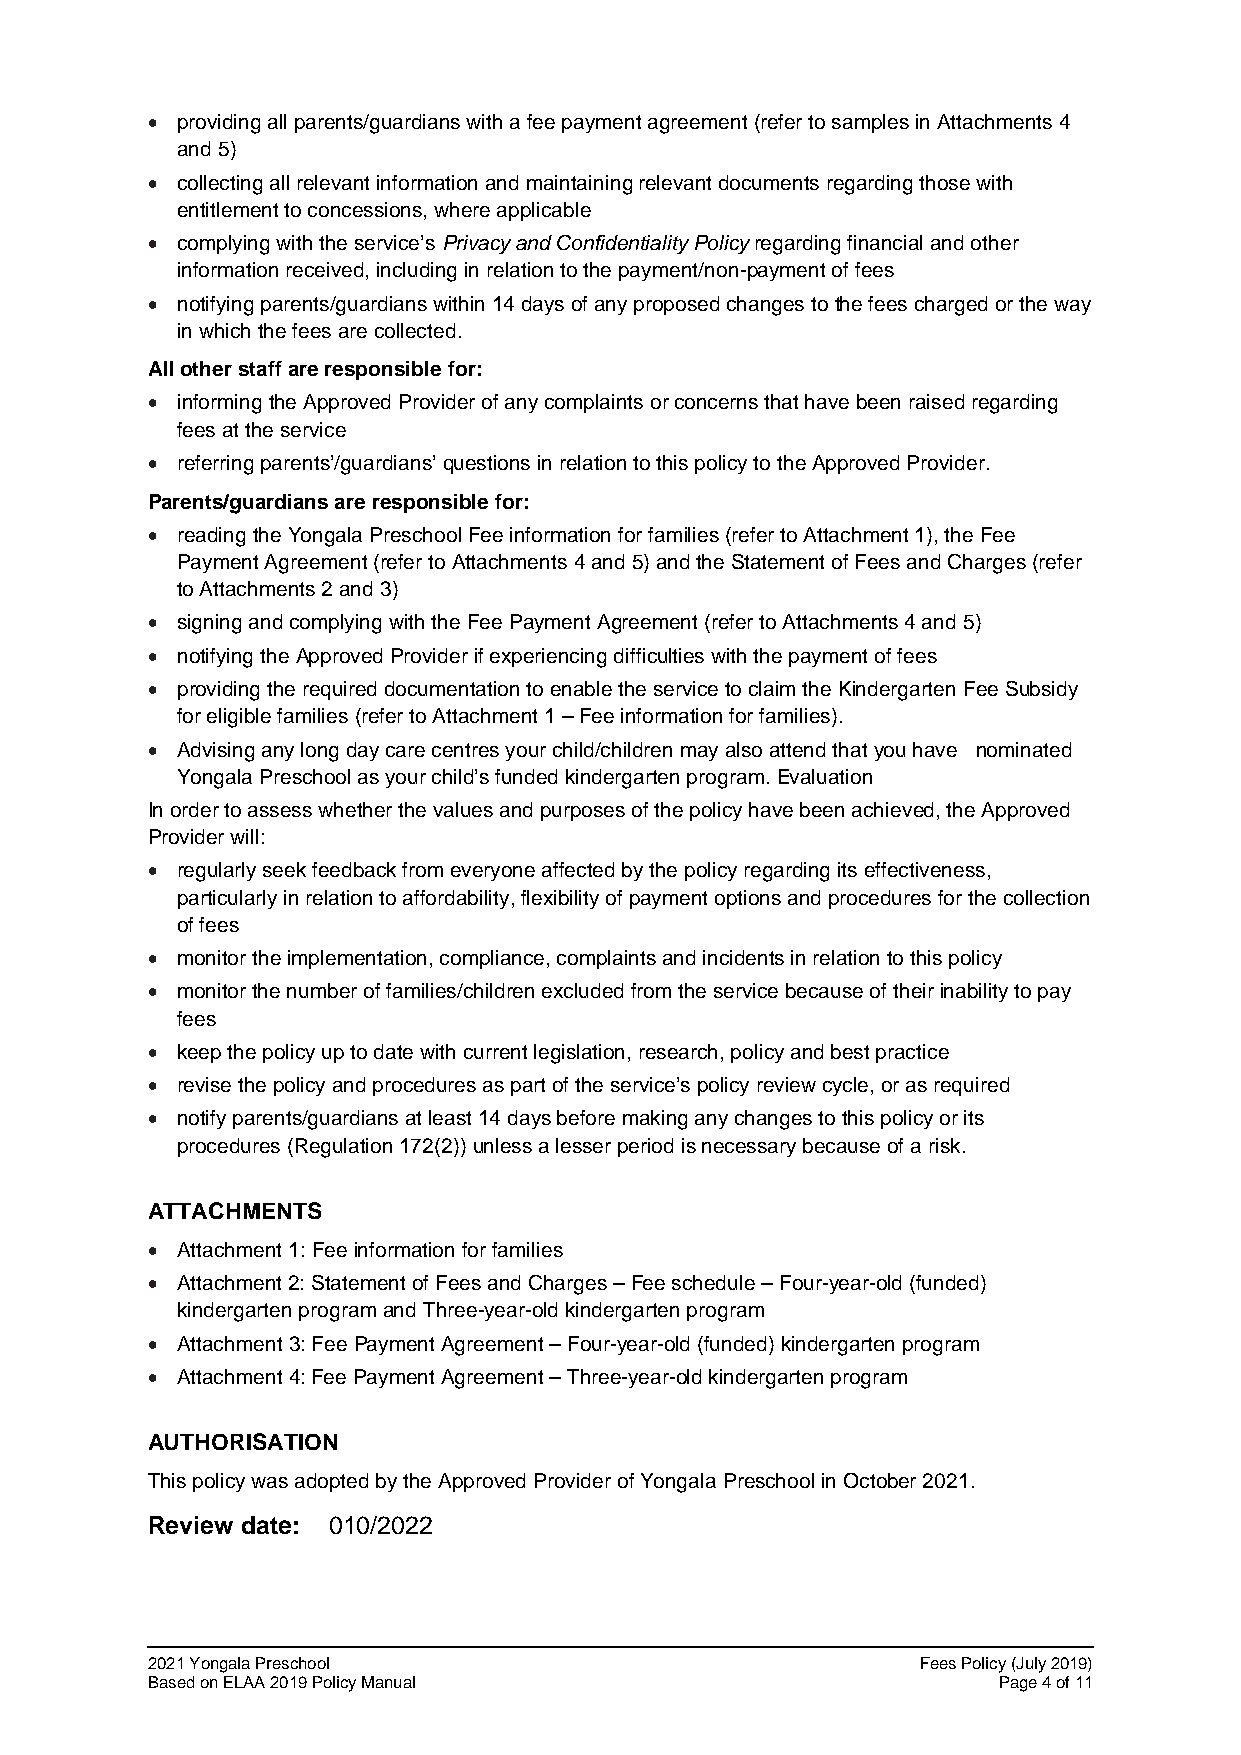
• providing all parents/guardians with a fee payment agreement (refer to samples in Attachments 4
 and 5)
 • collecting all relevant information and maintaining relevant documents regarding those with
 entitlement to concessions, where applicable
 • complying with the service’s Privacy and Confidentiality Policy regarding financial and other
 information received, including in relation to the payment/non-payment of fees
 • notifying parents/guardians within 14 days of any proposed changes to the fees charged or the way
 in which the fees are collected.
 All other staff are responsible for:
 • informing the Approved Provider of any complaints or concerns that have been raised regarding
 fees at the service
 • referring parents’/guardians’ questions in relation to this policy to the Approved Provider.
 Parents/guardians are responsible for:
 • reading the Yongala Preschool Fee information for families (refer to Attachment 1), the Fee
 Payment Agreement (refer to Attachments 4 and 5) and the Statement of Fees and Charges (refer
 to Attachments 2 and 3)
 • signing and complying with the Fee Payment Agreement (refer to Attachments 4 and 5)
 • notifying the Approved Provider if experiencing difficulties with the payment of fees
 • providing the required documentation to enable the service to claim the Kindergarten Fee Subsidy
 for eligible families (refer to Attachment 1 – Fee information for families).
 • Advising any long day care centres your child/children may also attend that you have nominated
 Yongala Preschool as your child’s funded kindergarten program. Evaluation
 In order to assess whether the values and purposes of the policy have been achieved, the Approved
 Provider will:
 • regularly seek feedback from everyone affected by the policy regarding its effectiveness,
 particularly in relation to affordability, flexibility of payment options and procedures for the collection
 of fees
 • monitor the implementation, compliance, complaints and incidents in relation to this policy
 • monitor the number of families/children excluded from the service because of their inability to pay
 fees
 • keep the policy up to date with current legislation, research, policy and best practice
 • revise the policy and procedures as part of the service’s policy review cycle, or as required
 • notify parents/guardians at least 14 days before making any changes to this policy or its
 procedures (Regulation 172(2)) unless a lesser period is necessary because of a risk.
 ATTACHMENTS
 • Attachment 1: Fee information for families
 • Attachment 2: Statement of Fees and Charges – Fee schedule – Four-year-old (funded)
 kindergarten program and Three-year-old kindergarten program
 • Attachment 3: Fee Payment Agreement – Four-year-old (funded) kindergarten program
 • Attachment 4: Fee Payment Agreement – Three-year-old kindergarten program
 AUTHORISATION
 This policy was adopted by the Approved Provider of Yongala Preschool in October 2021.
 Review date: 010/2022
 2021 Yongala Preschool                             Fees Policy (July 2019)
 Based on ELAA 2019 Policy Manual                        Page 4 of 11